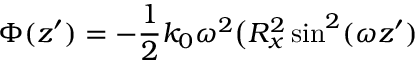
\Phi ( z ^ { \prime } ) = - \frac { 1 } { 2 } k _ { 0 } \omega ^ { 2 } \big ( R _ { x } ^ { 2 } \sin ^ { 2 } ( \omega z ^ { \prime } )